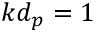
k d _ { p } = 1